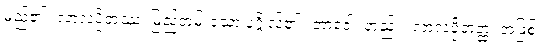
မည်၏။ လာလပ္ပိတဿ၊ မြည်တမ်းသော ပုဂ္ဂိုလ်၏။ ဘာဝေါ၊ တည်း။ လာလပ္ပိတတ္ထံ၊ အဖြစ်။